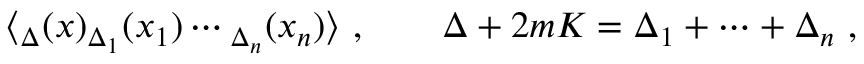
\langle \O _ { \Delta } ( x ) \O _ { \Delta _ { 1 } } ( x _ { 1 } ) \cdots \O _ { \Delta _ { n } } ( x _ { n } ) \rangle \ , \qquad \Delta + 2 m { \cal K } = \Delta _ { 1 } + \cdots + \Delta _ { n } \ ,